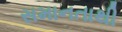
સમાનતાથી